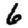
Digit: 6